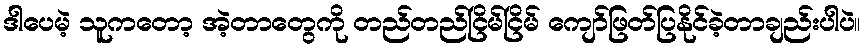
ဒါပေမဲ့ သူကတော့ အဲ့တာတွေကို တည်တည်ငြိမ်ငြိမ် ကျော်ဖြတ်ပြနိုင်ခဲ့တာချည်းပါပဲ။